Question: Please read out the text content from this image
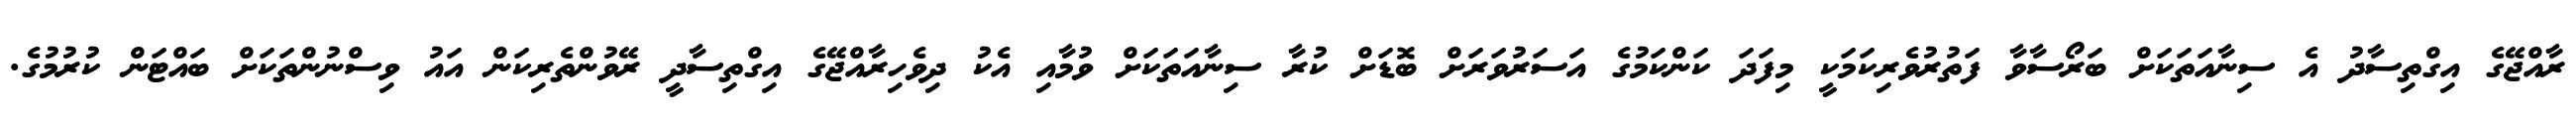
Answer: ރާއްޖޭގެ އިގްތިސާދު އެ ސިނާއަތަކަށް ބަރޯސާވާ ފަތުރުވެރިކަމަކީ މިފަދަ ކަންކަމުގެ އަސަރުވަރަށް ބޮޑަށް ކުރާ ސިނާއަތަކަށް ވުމާއި އެކު ދިވެހިރާއްޖޭގެ އިގްތިސާދީ ރޭވުންތެރިކަން އައު ވިސްނުންތަކަށް ބައްޓަން ކުރުމުގެ.